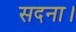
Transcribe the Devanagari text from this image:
सदना।